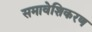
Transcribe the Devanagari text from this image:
समावेशिकरण